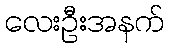
လေးဦးအနက်